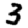
Digit: 3